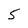
Character: 5